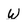
Character: W